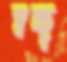
স্বচ্ছ্ব